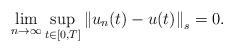
LaTeX: \begin{align*}\lim_{n\rightarrow\infty}\sup_{t\in\lbrack0,T]}\left\Vert u_{n}(t)-u(t)\right\Vert _{s}=0. \end{align*}